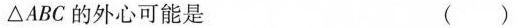
△ABC的外心可能是 ( )